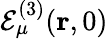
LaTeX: \mathcal{E}_{\mu}^{(3)}(\mathbf{r},0)